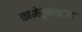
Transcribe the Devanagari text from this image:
कामेरूनश्टाड